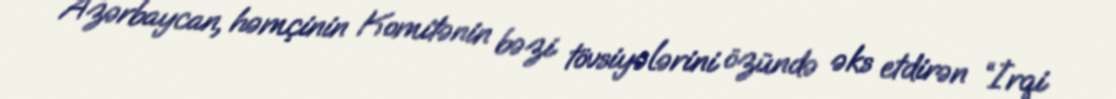
Azərbaycan, həmçinin Komitənin bəzi tövsiyələrini özündə əks etdirən “İrqi